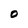
Character: O